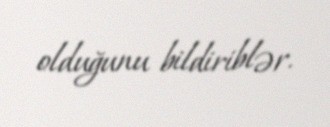
olduğunu bildiriblər.